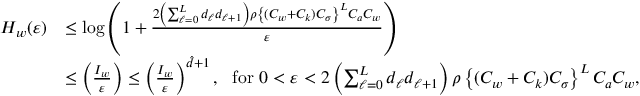
\begin{array} { r l } { H _ { w } ( \varepsilon ) } & { \leq \log \left( 1 + \frac { 2 \left( \sum _ { \ell = 0 } ^ { L } d _ { \ell } d _ { \ell + 1 } \right) \rho \left\{ ( C _ { w } + C _ { k } ) C _ { \sigma } \right\} ^ { L } C _ { a } C _ { w } } { \varepsilon } \right) } \\ & { \leq \left( \frac { I _ { w } } { \varepsilon } \right) \leq \left( \frac { I _ { w } } { \varepsilon } \right) ^ { \hat { d } + 1 } , \ \ \mathrm { f o r } \ 0 < \varepsilon < 2 \left( \sum _ { \ell = 0 } ^ { L } d _ { \ell } d _ { \ell + 1 } \right) \rho \left\{ ( C _ { w } + C _ { k } ) C _ { \sigma } \right\} ^ { L } C _ { a } C _ { w } , } \end{array}